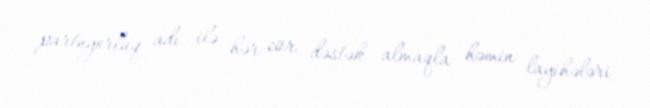
partnyorluq adı ilə hər cür dəstək almaqla həmin layihələri